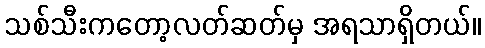
သစ်သီးကတော့လတ်ဆတ်မှ အရသာရှိတယ်။